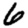
Digit: 6